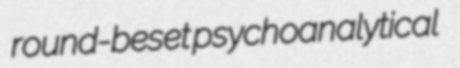
round-beset psychoanalytical